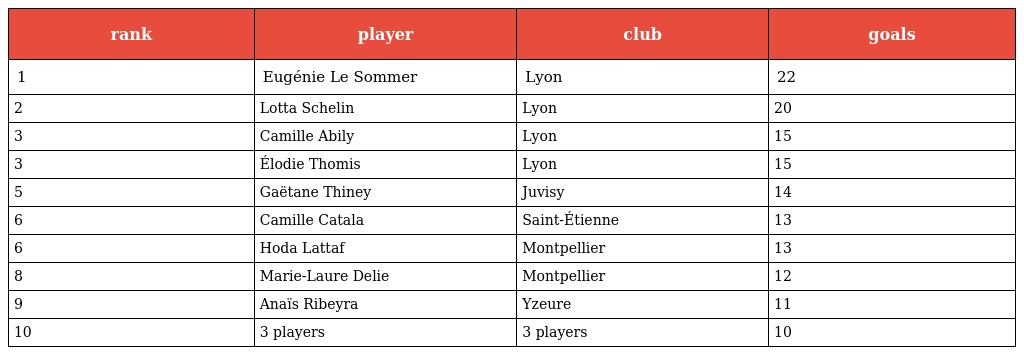
| rank | player | club | goals |
 | --- | --- | --- | --- |
 | 1 | Eugénie Le Sommer | Lyon | 22 |
 | 2 | Lotta Schelin | Lyon | 20 |
 | 3 | Camille Abily | Lyon | 15 |
 | 3 | Élodie Thomis | Lyon | 15 |
 | 5 | Gaëtane Thiney | Juvisy | 14 |
 | 6 | Camille Catala | Saint-Étienne | 13 |
 | 6 | Hoda Lattaf | Montpellier | 13 |
 | 8 | Marie-Laure Delie | Montpellier | 12 |
 | 9 | Anaïs Ribeyra | Yzeure | 11 |
 | 10 | 3 players | 3 players | 10 |